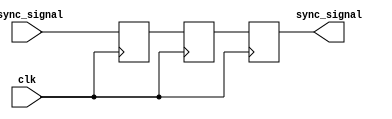
module synchronizer (
    input wire async_signal,
    input wire clk,
    output reg sync_signal
);

reg async_ff;
reg sync_ff;

always @(posedge clk) begin
    async_ff <= async_signal;
end

always @(posedge clk) begin
    sync_ff <= async_ff;
    sync_signal <= sync_ff;
end

endmodule